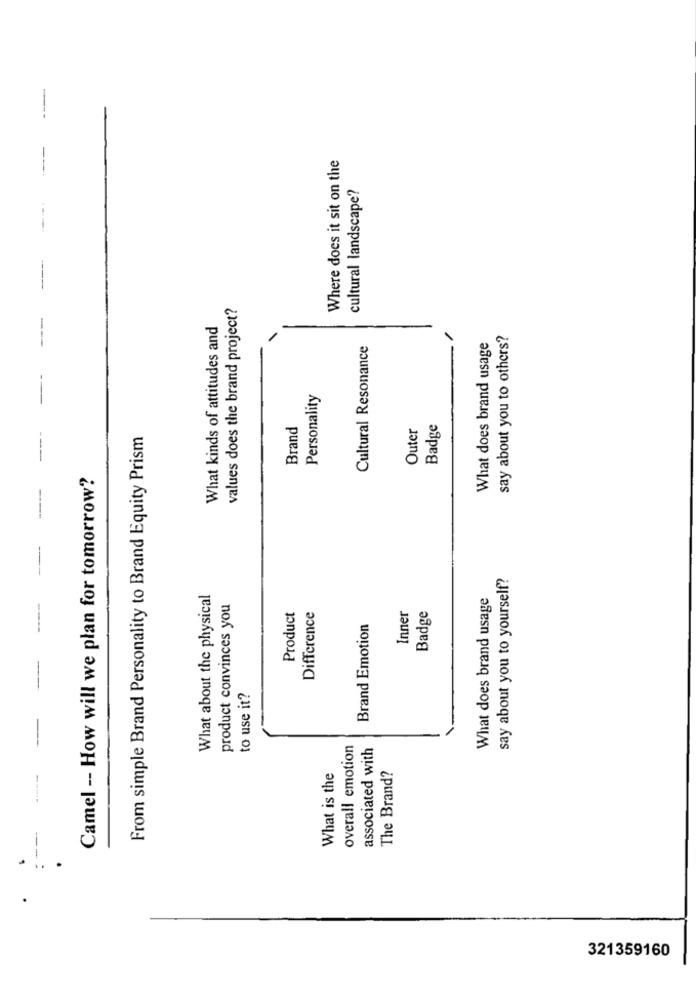
----
Where does it sit on the
cultural landscape?
values does the brand project?
What kinds of attitudes and
say about you to others?
Cultural Resonance
What does brand usage
Personality
Brand
Outer
Badge
From simple Brand Personality to Brand Equity Prism
Camel -- How will we plan for tomorrow?
say about you to yourself?
What about the physical
What does brand usage
product convinces you
Inner
Product
Difference
Badge
Brand Emotion
to use it?
overall emotion
associated with
What is the
The Brand?
321359160